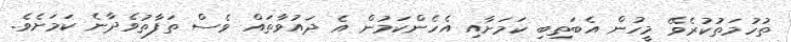
ތުހުމަތުކުރެވޭ މީހުން އެބަތިބި ކަމަށާއި އެހެންކަމުން އެ ދައުވާތައް ވެސް ތަފާތުވެދާނެ ކަމަށެވެ.